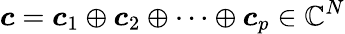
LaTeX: \boldsymbol{c}=\boldsymbol{c}_{1}\oplus\boldsymbol{c}_{2}\oplus\cdots\oplus\boldsymbol{c}_{p}\in\mathbb{C}^{N}